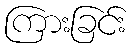
ကြားခြင်း